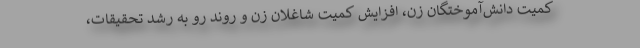
کمیت دانش‌آموختگان زن، افزایش کمیت شاغلان زن و روند رو به رشد تحقیقات،